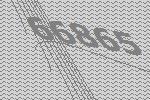
66865